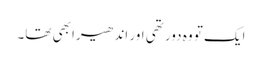
ایک تو وہ دور تھی اور اندھیرا بھی تھا۔